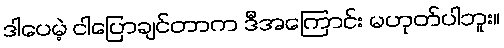
ဒါပေမဲ့ ငါပြောချင်တာက ဒီအကြောင်း မဟုတ်ပါဘူး။